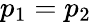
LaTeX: p_{1}=p_{2}